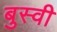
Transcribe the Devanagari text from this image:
बुस्वी